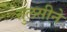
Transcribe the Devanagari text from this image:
तुलसीने